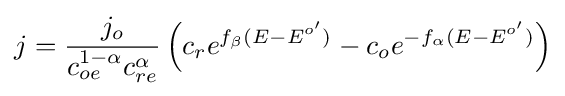
j={\frac {j_{o}}{c_{oe}^{1-\alpha }c_{re}^{\alpha }}}\left(c_{r}e^{f_{\beta }(E-E^{o'})}-c_{o}e^{-f_{\alpha }(E-E^{o'})}\right)